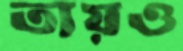
তায়ও